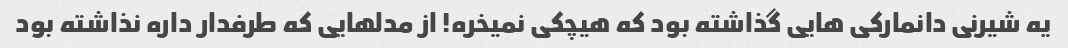
یه شیرنی دانمارکی هایی گذاشته بود که هیچکی نمیخره! از مدلهایی که طرفدار داره نذاشته بود